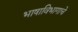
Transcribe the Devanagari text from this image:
भाषाविभागाचे